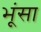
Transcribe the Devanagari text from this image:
भूंसा